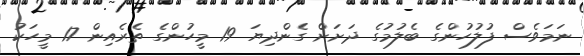
ނަމަވެސް ފުލުހުންގެ ބެލުމުގެ ދަށަށް ގެންދިޔަ 19 މީހުންގެ ތެރެއިން 17 މީހަކު